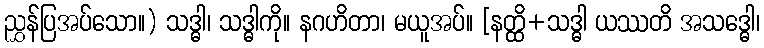
ညွှန်ပြအပ်သော။) သဒ္ဓါ၊ သဒ္ဓါကို။ နဂဟိတာ၊ မယူအပ်။ [နတ္ထိ+သဒ္ဓါ ယဿတိ အသဒ္ဓေါ၊